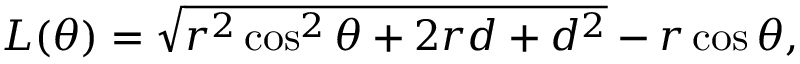
L ( \theta ) = \sqrt { r ^ { 2 } \cos ^ { 2 } \theta + 2 r d + d ^ { 2 } } - r \cos \theta ,